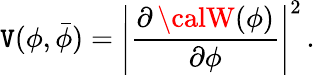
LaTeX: \mathtt{V}(\phi,\bar{{\phi}})=\left|\frac{{\partial\, {\calW}(\phi)}}{{\partial\phi}}\right|^{2}\, .